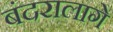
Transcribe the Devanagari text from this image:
बंदरालागे